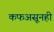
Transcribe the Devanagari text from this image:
कफअसूनही